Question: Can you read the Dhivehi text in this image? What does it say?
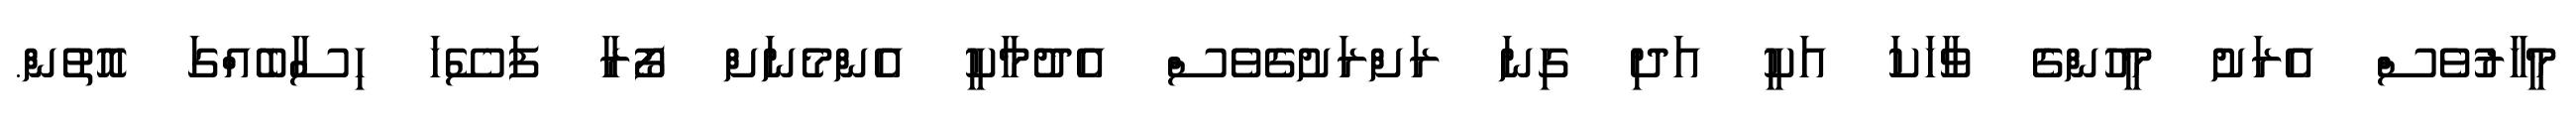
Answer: މީހާރުވެސް އެރަށު މީހުންގެ ވާހަކަ އަކީ އަދި ގިނަ ރަށްރަށުގެވެސް އެދުމާކީ އެންމެނަށް ފޯރާ ފަސޭހަ ހިސާބެއްގަ އޮތުން.